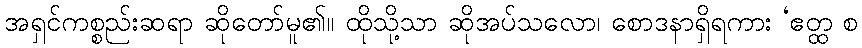
အရှင်ကစ္စည်းဆရာ ဆိုတော်မူ၏။ ထိုသို့သာ ဆိုအပ်သလော၊ စောဒနာရှိရကား ‘ဧတ္ထ စ